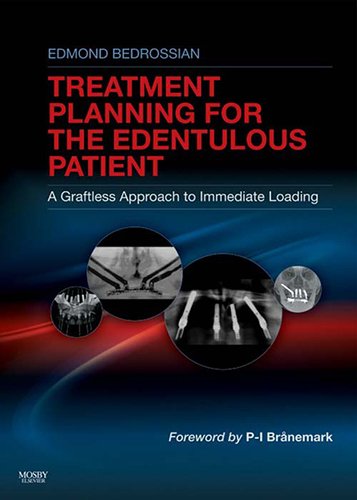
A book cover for Implant Treatment Planning for the Edentulous Patient: A Graftless Approach to Immediate Loading, 1e; Edmond Bedrossian DDS  FACD  FACOMS; Medical Books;